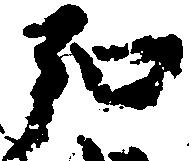
弘